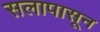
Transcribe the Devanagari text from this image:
सलापासून